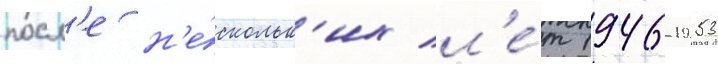
посл'е н'е́скольк'их л'е́т 1946-1953